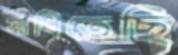
সাধিতেছি